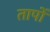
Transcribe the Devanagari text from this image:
तापोँ